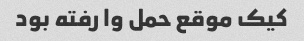
کیک موقع حمل وا رفته بود